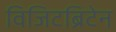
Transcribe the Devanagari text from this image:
विजिटब्रिटेन